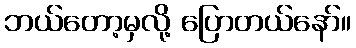
ဘယ်တော့မှလို့ ပြောတယ်နော်။